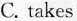
C. takes